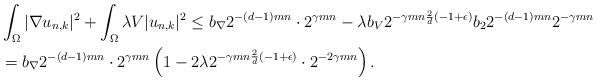
LaTeX: \begin{align*} &\int_\Omega |\nabla u_{n,k}|^2 + \int_\Omega \lambda V |u_{n,k}|^2 \leq b_\nabla 2^{- (d-1) m n} \cdot 2^{\gamma m n} - \lambda b_V 2^{- \gamma m n \frac{2}{d} (-1 + \epsilon)}b_2 2^{-(d-1) m n} 2^{- \gamma m n}\\ &= b_\nabla 2^{-(d-1) m n} \cdot 2^{\gamma m n} \left(1 - 2\lambda 2^{- \gamma m n \frac{2}{d} (-1 + \epsilon)} \cdot 2^{- 2 \gamma m n}\right). \end{align*}